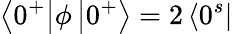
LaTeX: \left\langle 0^{+}\right|\phi\left|0^{+}\right\rangle=2\left\langle 0^{s}\right|